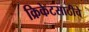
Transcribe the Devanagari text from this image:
क्रिकेटसाठीचे